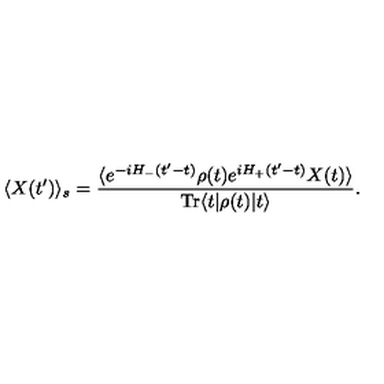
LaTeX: \langle X ( t ^ { \prime } ) \rangle _ { s } = \frac { \langle e ^ { - i H _ { - } ( t ^ { \prime } - t ) } \rho ( t ) e ^ { i H _ { + } ( t ^ { \prime } - t ) } X ( t ) \rangle } { \mathrm { T r } \langle t | \rho ( t ) | t \rangle } .